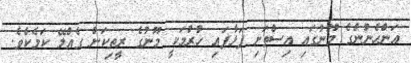
އަންހެނުންގެ މޫނުގައި އިސްތަށި ފަޅާފައި ހުރުމަކީ މޫނުގެ ރީތިކަން ގެއްލޭ ކަމެކެވެ.